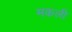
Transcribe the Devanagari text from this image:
मकली